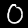
Digit: 0